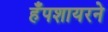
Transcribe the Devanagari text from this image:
हँपशायरने